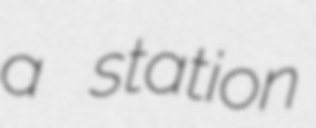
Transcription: a station